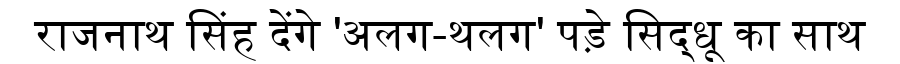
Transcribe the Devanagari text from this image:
राजनाथ सिंह देंगे 'अलग-थलग' पड़े सिद्धू का साथ